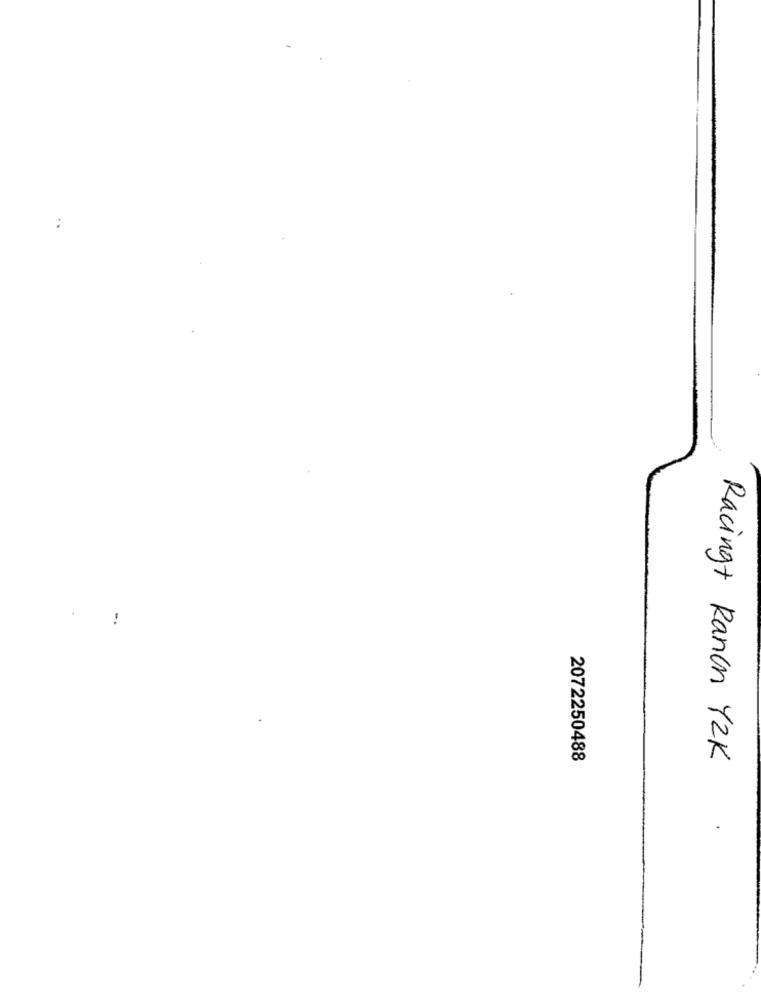
:
-.
2072250488
Racingt Ranon Y2K